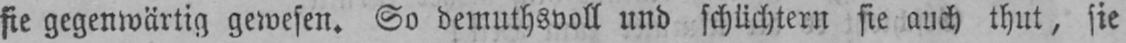
sie gegenwärtig gewesen. So demuthsvoll und schüchtern sie auch thut, sie